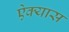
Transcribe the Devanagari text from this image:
ऐक्यास